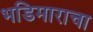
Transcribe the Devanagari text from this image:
भडिमाराचा